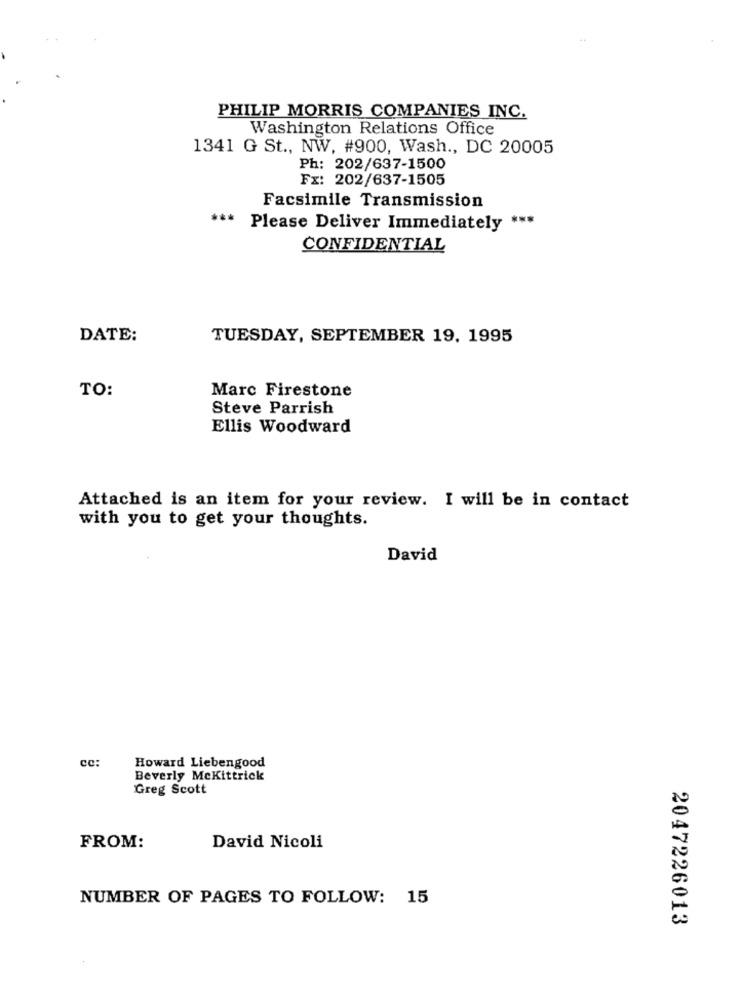
PHILIP MORRIS COMPANIES INC.
Washington Relations Office
1341 G St ., NW, #900, Wash ., DC 20005
Ph: 202/637-1500
Fx: 202/637-1505
Facsimile Transmission
*** Please Deliver Immediately
CONFIDENTIAL
DATE:
TUESDAY, SEPTEMBER 19, 1995
Marc Firestone
TO:
Steve Parrish
Ellis Woodward
Attached is an item for your review. I will be in contact
with you to get your thoughts.
David
cc:
Howard Liebengood
Beverly Mckittrick
Greg Scott
FROM:
David Nicoli
NUMBER OF PAGES TO FOLLOW: 15
2047226013